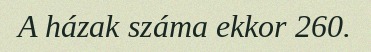
A házak száma ekkor 260.